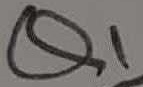
Text: Q1